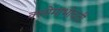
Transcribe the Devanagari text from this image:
क्लोमाभोवती